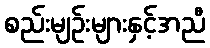
စည်းမျဉ်းများနှင့်အညီ